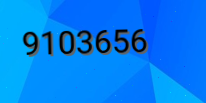
9103656